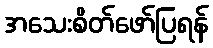
အသေးစိတ်ဖော်ပြရန်